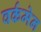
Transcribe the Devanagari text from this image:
वर्कमेन